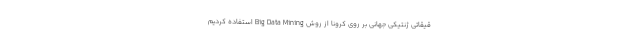
قیقاتی ژنتیکی جهانی بر روی کرونا از روش Big Data Mining استفاده کردیم